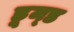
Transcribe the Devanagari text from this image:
डूम्ड